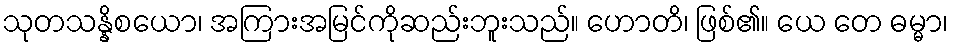
သုတသန္နိစယော၊ အကြားအမြင်ကိုဆည်းဘူးသည်။ ဟောတိ၊ ဖြစ်၏။ ယေ တေ ဓမ္မာ၊